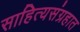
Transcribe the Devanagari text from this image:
साहित्यसंग्रहात